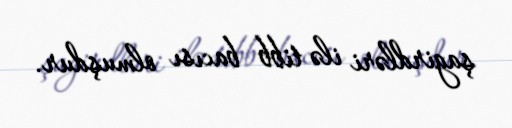
şagirdləri ilə tibb bacısı olmuşdur.